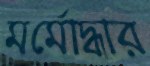
মর্মোদ্ধার